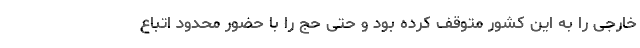
خارجی را به این کشور متوقف کرده بود و حتی حج را با حضور محدود اتباع